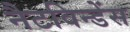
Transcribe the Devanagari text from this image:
नैटविन्डेंस